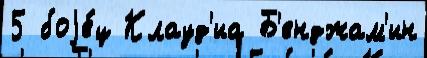
5 боjе́ц Клауд'иа Б'енджам'ин